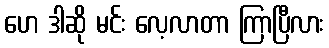
ဟေ ဒါဆို မင်း လေ့လာတာ ကြာပြီလား